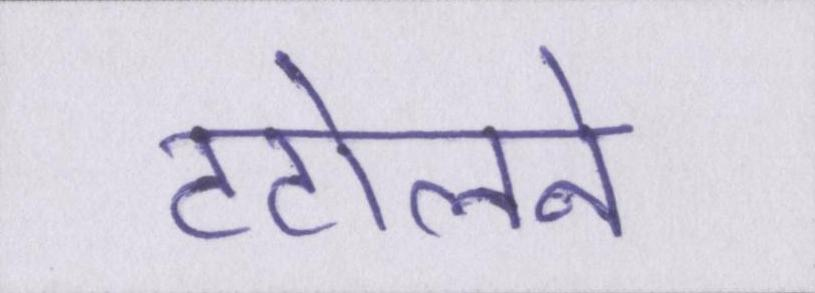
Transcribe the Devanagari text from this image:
टटोलने